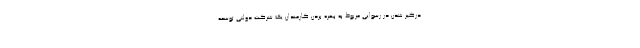
درگیر شدن در رسوایی مربوط به بهره بردن کارمندان یک شرکت دولتی توسعه